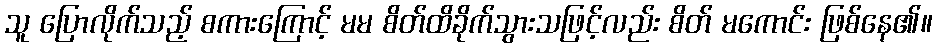
သူ ပြောလိုက်သည့် စကားကြောင့် မမ စိတ်ထိခိုက်သွားသဖြင့်လည်း စိတ် မကောင်း ဖြစ်နေ၏။